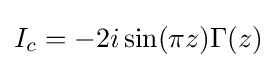
I_{c}=-2i\sin(\pi z)\Gamma (z)